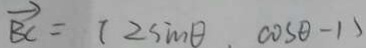
\overrightarrow { B C } = ( 2 \sin \theta , \cos \theta - 1 )